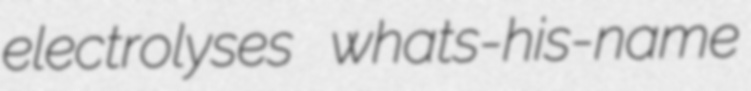
electrolyses whats-his-name